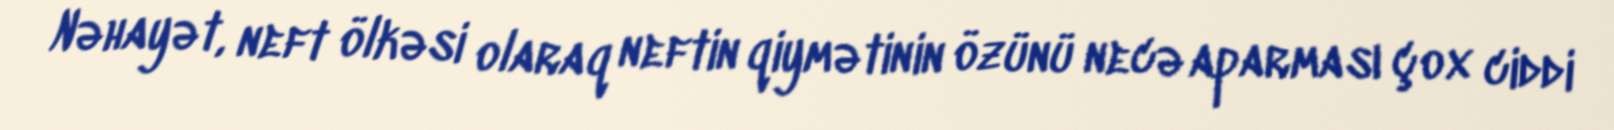
Nəhayət, neft ölkəsi olaraq neftin qiymətinin özünü necə aparması çox ciddi